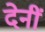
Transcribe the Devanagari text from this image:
देनीं